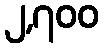
၂,၇၀၀